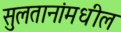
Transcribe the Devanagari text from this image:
सुलतानांमधील